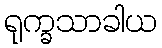
ရုက္ခသာခါယ